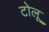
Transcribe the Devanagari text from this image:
टोलू